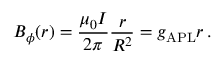
B _ { \phi } ( r ) = \frac { \mu _ { 0 } I } { 2 \pi } \frac { r } { R ^ { 2 } } = g _ { \mathrm { A P L } } r \, .